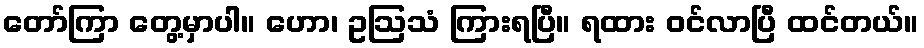
တော်ကြာ တွေ့မှာပါ။ ဟော၊ ဥဩသံ ကြားရပြီ။ ရထား ဝင်လာပြီ ထင်တယ်။